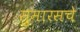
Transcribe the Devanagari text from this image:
सुमारसचे